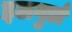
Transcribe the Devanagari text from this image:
इलगुर्डा